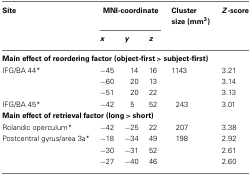
<table><thead><tr><td><b>Site</b></td><td colspan="3"><b>MNI-coordinate</b></td><td><b>Clustersize (mm<sup>3</sup>)</b></td><td><b><i>Z</i>-score</b></td></tr><tr><td></td><td><b><i>x</i></b></td><td><b><i>y</i></b></td><td><b><i>z</i></b></td><td></td></tr></thead><tbody><tr><td colspan="6"><b>Main effect of reordering factor (object-first &gt; subject-first)</b></td></tr><tr><td>IFG/BA 44*</td><td>−45</td><td>14</td><td>16</td><td>1143</td><td>3.21</td></tr><tr><td></td><td>−60</td><td>20</td><td>13</td><td></td><td>3.14</td></tr><tr><td></td><td>−51</td><td>20</td><td>22</td><td></td><td>3.13</td></tr><tr><td>IFG/BA 45*</td><td>−42</td><td>5</td><td>52</td><td>243</td><td>3.01</td></tr><tr><td colspan="6"><b>Main effect of retrieval factor (long &gt; short)</b></td></tr><tr><td>Rolandic operculum*</td><td>−42</td><td>−25</td><td>22</td><td>207</td><td>3.38</td></tr><tr><td>Postcentral gyrus/area 3a*</td><td>−18</td><td>−34</td><td>49</td><td>198</td><td>2.92</td></tr><tr><td></td><td>−30</td><td>−31</td><td>52</td><td></td><td>2.61</td></tr><tr><td></td><td>−27</td><td>−40</td><td>46</td><td></td><td>2.60</td></tr></tbody></table>